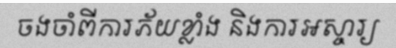
ចងចាំពីការភ័យខ្លាំង និងការអស្ចារ្យ